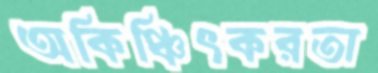
অকিঞ্চিৎকরতা